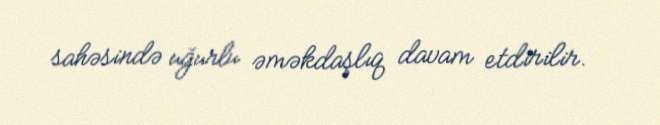
sahəsində uğurlu əməkdaşlıq davam etdirilir.